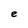
Character: e